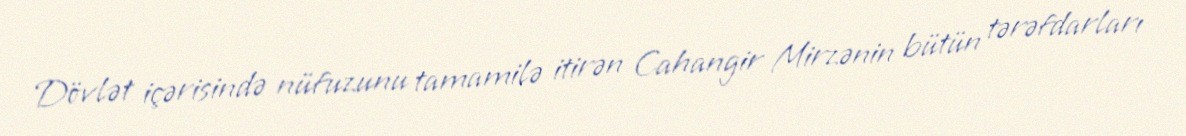
Dövlət içərisində nüfuzunu tamamilə itirən Cahangir Mirzənin bütün tərəfdarları